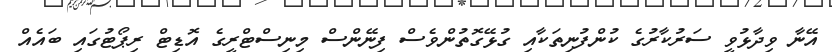
އޭނާ ވިދާޅުވީ ސަރުކާރުގެ ކުންފުނިތަކާއި ގުޅޭގޮތުންވެސް ފިނޭންސް މިނިސްޓްރީގެ އޮޑިޓް ރިޕޯޓުގައި ބައެއް